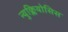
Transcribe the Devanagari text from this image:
न्युक्लियोसिस